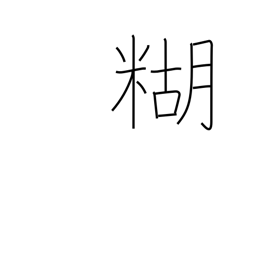
Meaning: paste